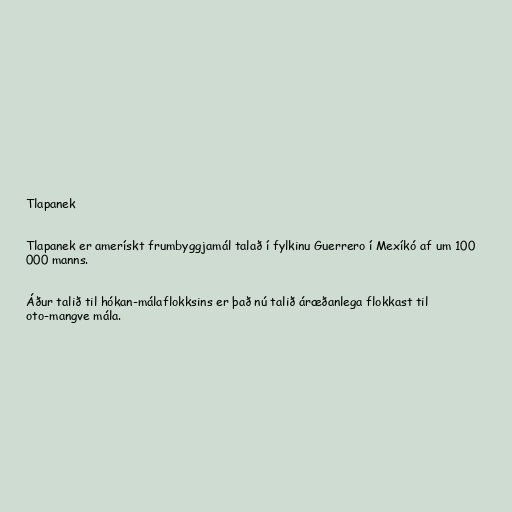
Tlapanek

Tlapanek er amerískt frumbyggjamál talað í fylkinu Guerrero í Mexíkó af um 100
000 manns.

Áður talið til hókan-málaflokksins er það nú talið áræðanlega flokkast til
oto-mangve mála.